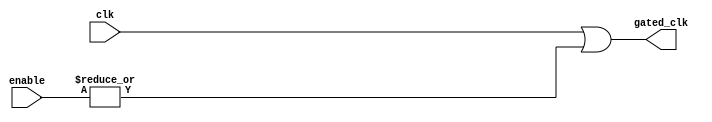
module clock_gating (
    input wire clk,            // Main clock input
    input wire [N-1:0] enable, // Enable signals (N can be adjusted based on the number of enables)
    output wire gated_clk      // Gated clock output to memory block
);

// Parameter to define the number of enable signals
parameter N = 2; // Adjust N based on the number of enable signals you need

// OR gate logic to combine the enable signals
wire enable_or;

// Combine enable signals using OR gate
assign enable_or = |enable; // This will output high if any enable signal is high

// Gating the clock signal
assign gated_clk = clk | enable_or; // Allow clock to pass if any enable signal is high

endmodule